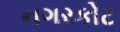
નગરકોટ